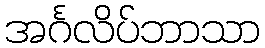
အင်္ဂလိပ်ဘာသာ